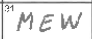
Transcription: MEW